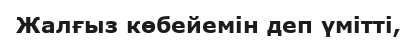
Жалғыз көбейемін деп үмітті,